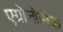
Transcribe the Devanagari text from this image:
एग्रोनोमिक